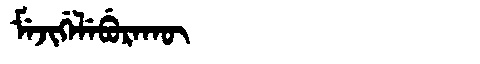
Manchu: ᠮᡝᠵᡳᡤᡝᠯᡝᠪᡠᡵᠠᡴᡡ
Romanization: MEJIGELEBURAKŪ